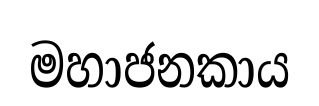
මහාජනකාය